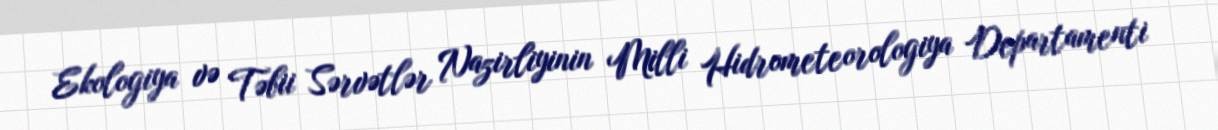
Ekologiya və Təbii Sərvətlər Nazirliyinin Milli Hidrometeorologiya Departamenti